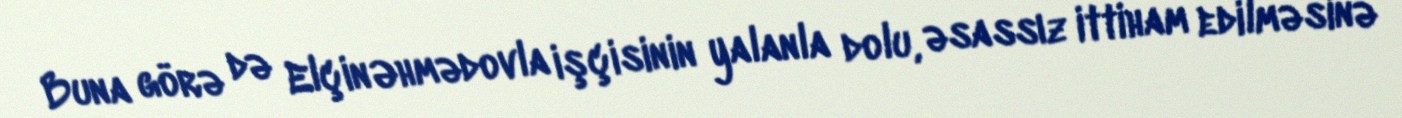
Buna görə də Elçin Əhmədovla işçisinin yalanla dolu, əsassız ittiham edilməsinə